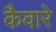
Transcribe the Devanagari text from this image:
कैवारे